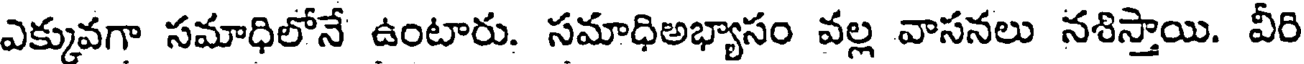
ఎక్కువగా సమాధిలోనే ఉంటారు. సమాధిఅభ్యాసం వల్ల వాసనలు నశిస్తాయి. వీరి